Annual report on the health of the army in India
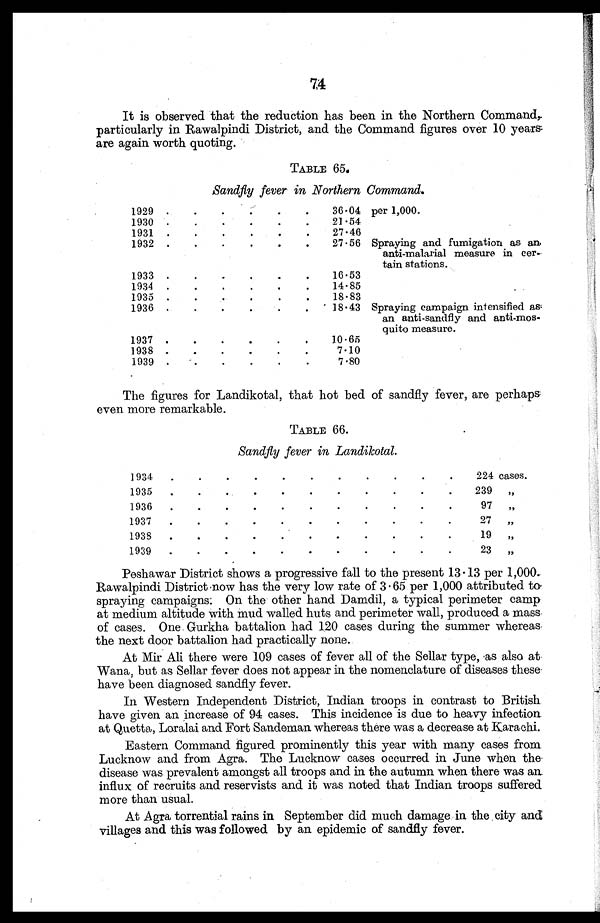
74
It is observed that the reduction has been in the Northern Command,
particularly in Rawalpindi District, and the Command figures over 10 years.
are again worth quoting.
TABLE 65.
Sandfly fever in Northern Command.
1929 . . .
36.04 per 1,000.
21.54
1930 . . .
27.46
1931 . . .
1932 . . .
Spraying and fumigation as an
anti-malarial measure in cer -
tain stations.
27.56
1933 . . .
16.53
1934 . . .
14.85
1935 . . .
18.83
1936 . . .
18.43 Spraying campaign intensified as
an anti-sandfly and anti-mos -
quito measure.
1937 . . .
10.65
1938 . . .
7.10
1939 . . .
7.80
The figures for Landikotal, that hot bed of sandfly fever, are perhaps
even more remarkable.
TABLE 66.
Sandfly fever in Landikotal.
1934 . . .
224 cases.
1935 . . .
239
„
1936 . . .
97
„
1937 . . .
27
„
1938 . . .
19
„
1939 . . .
23
„
Peshawar District shows a progressive fall to the present 13 . 13 per 1,000.
Rawalpindi District now has the very low rate of 3.65 per 1,000 attributed to
spraying campaigns: On the other hand Damdil, a typical perimeter camp
at medium altitude with mud walled huts and perimeter wall, produced a mass
of cases. One Gurkha battalion had 120 cases during the summer whereas
the next door battalion had practically none.
At Mir Ali there were 109 cases of fever all of the Sellar type, as also at
Wana, but as Sellar fever does not appear in the nomenclature of diseases these
have been diagnosed sandfly fever.
In Western Independent District, Indian troops in contrast to British
have given an increase of 94 cases. This incidence is due to heavy infection.
at Quetta, Loralai and Fort Sandeman whereas there was a decrease at Karachi.
Eastern Command figured prominently this year with many cases from
Lucknow and from Agra. The Lucknow cases occurred in June when the
disease was prevalent amongst all troops and in the autumn when there was an
influx of recruits and reservists and it was noted that Indian troops suffered
more than usual.
At Agra torrential rains in September did much damage in the city and
villages and this was followed by an epidemic of sandfly fever.